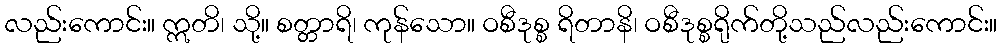
လည်းကောင်း။ ဣတိ၊ သို့။ စတ္တာရိ၊ ကုန်သော။ ဝစီဒုစ္စ ရိတာနိ၊ ဝစီဒုစ္စရိုက်တို့သည်လည်းကောင်း။